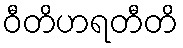
ဝီတိဟရတီတိ